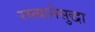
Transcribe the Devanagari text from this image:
रस्त्यानेसुद्धा